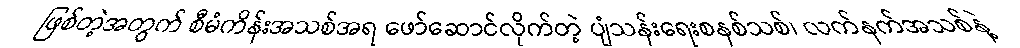
ဖြစ်တဲ့အတွက် စီမံကိန်းအသစ်အရ ဖော်ဆောင်လိုက်တဲ့ ပျံသန်းရေးစနစ်သစ်၊ လက်နက်အသစ်နဲ့